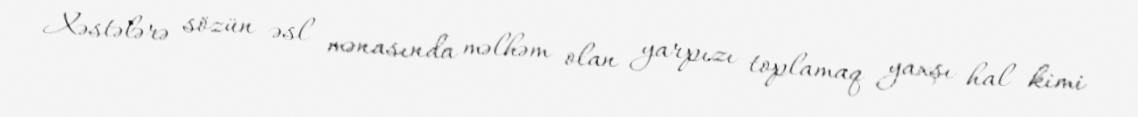
Xəstələrə sözün əsl mənasında məlhəm olan yarpızı toplamaq yaxşı hal kimi